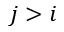
j > i